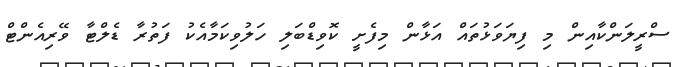
ސްރީލަންކާއިން މި ފިޔަވަޅުތައް އަޅާން މިފެށީ ކޮވިޑްބަލި ހަލުވިކަމާއެކު ފަތުރާ ޑެލްޓާ ވޭރިއެންޓް